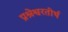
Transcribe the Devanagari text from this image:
प्रश्रेश्वरतीर्थ